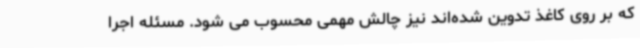
که بر روی کاغذ تدوین شده‌اند نیز چالش مهمی محسوب می شود. مسئله اجرا